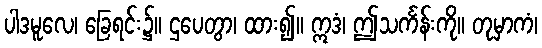
ပါဒမူလေ၊ ခြေရင်း၌။ ဌပေတွာ၊ ထား၍။ ဣဒံ၊ ဤသင်္ကန်းကို။ တုမှာကံ၊